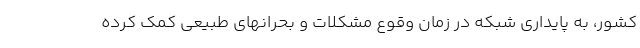
کشور، به پایداری شبکه در زمان وقوع مشکلات و بحرانهای طبیعی کمک کرده